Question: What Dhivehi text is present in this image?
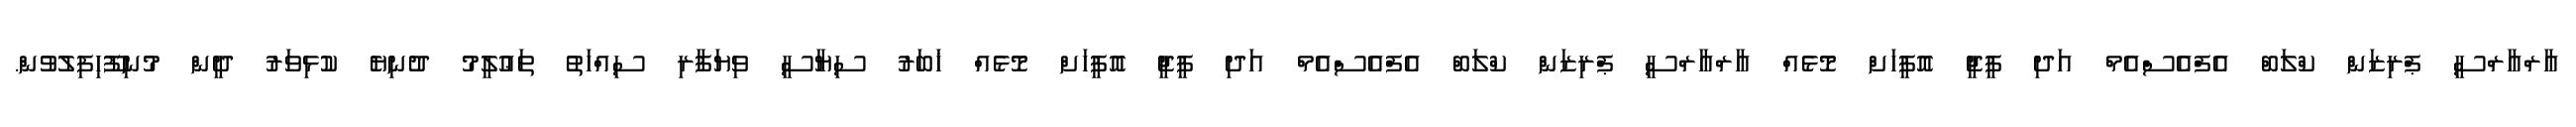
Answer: އާރްއާރްސީ ޕްރިޒަން ކްލަބް އެފްއެސްއެމް އަދި ޕީޖީ އޮފީހަށް މޮޅެއް އާރްއާރްސީ ޕްރިޒަން ކްލަބް އެފްއެސްއެމް އަދި ޕީޖީ އޮފީހަށް މޮޅެއް ޚަބަރު ސިޔާސީ ވިޔަފާރި ސިއްހަތު ތަޢުލީމު ދުނިޔެ ކުޅިވަރު ދީން މުނިފޫހިފިލުވުން.